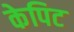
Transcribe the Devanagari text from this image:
केपिट